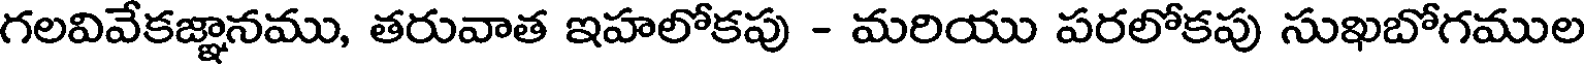
గలవివేకజ్ఞానము, తరువాత ఇహలోకపు - మరియు పరలోకపు సుఖబోగముల